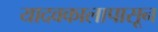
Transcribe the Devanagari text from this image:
यादवकालापासून